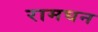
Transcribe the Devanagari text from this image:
रामघन